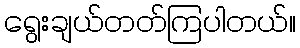
ရွေးချယ်တတ်ကြပါတယ်။